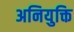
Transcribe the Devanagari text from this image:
अनियुक्ति